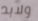
ولابد